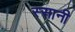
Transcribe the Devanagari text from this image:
स्सानी